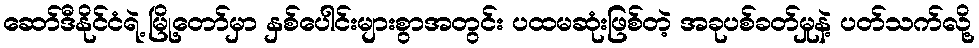
ဆော်ဒီနိုင်ငံရဲ့ မြို့တော်မှာ နှစ်ပေါင်းများစွာအတွင်း ပထမဆုံးဖြစ်တဲ့ အခုပစ်ခတ်မှုနဲ့ ပတ်သက်လို့